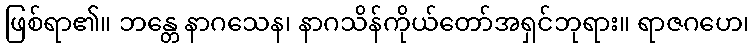
ဖြစ်ရာ၏။ ဘန္တေ နာဂသေန၊ နာဂသိန်ကိုယ်တော်အရှင်ဘုရား။ ရာဇဂဟေ၊